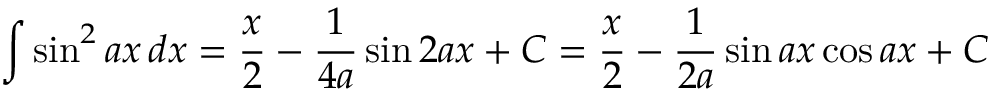
\int \sin ^ { 2 } { a x } \, d x = { \frac { x } { 2 } } - { \frac { 1 } { 4 a } } \sin 2 a x + C = { \frac { x } { 2 } } - { \frac { 1 } { 2 a } } \sin a x \cos a x + C